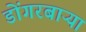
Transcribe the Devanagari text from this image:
डोंगरबाऱ्या